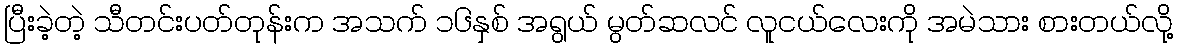
ပြီးခဲ့တဲ့ သီတင်းပတ်တုန်းက အသက် ၁၆နှစ် အရွယ် မွတ်ဆလင် လူငယ်လေးကို အမဲသား စားတယ်လို့